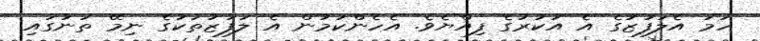
ހަމަ އެލަފުޒުގެ އެ އަކުރުގެ ފިއްޔެވެ. އެހެންކަމުން އެ ލަފުޒުތަކުގެ ނިމޭ ތަނުގައި